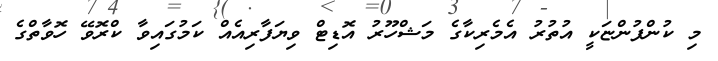
މި ކުންފުންޏަކީ އުތުރު އެމެރިކާގެ މަޝްހޫރު އޮޑިޓް ވިޔަފާރިއެއް ކަމުގައިވާ ކްރޮވޭ ހޮވާތްގެ